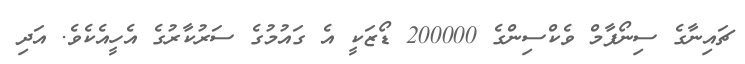
ޗައިނާގެ ސިނޯފާމް ވެކްސިންގެ 200000 ޑޯޒަކީ އެ ގައުމުގެ ސަރުކާރުގެ އެހީއެކެވެ. އަދި